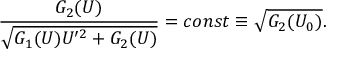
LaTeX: \frac { G _ { 2 } ( U ) } { \sqrt { G _ { 1 } ( U ) U ^ { \prime 2 } + G _ { 2 } ( U ) } } = c o n s t \equiv \sqrt { G _ { 2 } ( U _ { 0 } ) } .